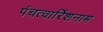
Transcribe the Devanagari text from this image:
पंचत्वारिंशनाम